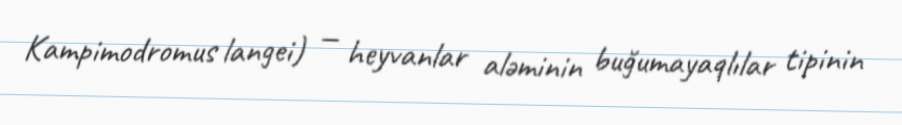
Kampimodromus langei) — heyvanlar aləminin buğumayaqlılar tipinin